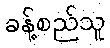
ခန့်စည်သူ